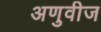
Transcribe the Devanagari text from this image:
अणुवीज